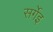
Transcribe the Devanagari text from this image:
सर्गेइ